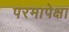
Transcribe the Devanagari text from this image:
परमापेक्षा